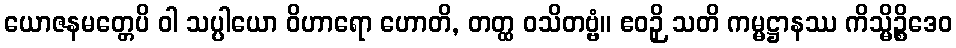
ယောဇနမတ္တေပိ ဝါ သပ္ပါယော ဝိဟာရော ဟောတိ, တတ္ထ ဝသိတဗ္ဗံ။ ဧဝဉှိ သတိ ကမ္မဋ္ဌာနဿ ကိသ္မိဉ္စိဒေဝ